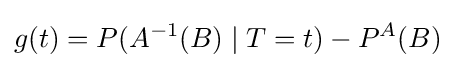
g(t)=P(A^{-1}(B)\mid T=t)-P^{A}(B)